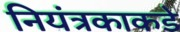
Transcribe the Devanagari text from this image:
नियंत्रकाकडे